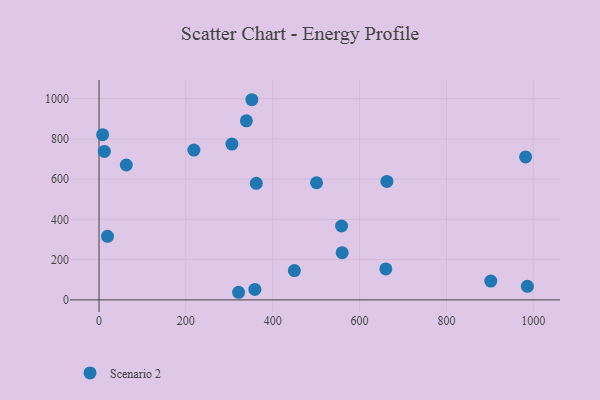
{"axis": {"x": "Ad Spend", "y": "Rating"}, "legend": ["Scenario 2"], "data": [{"x": "362.2", "y": 579.0, "type": "Scenario 2"}, {"x": "663.0", "y": 588.7, "type": "Scenario 2"}, {"x": "449.9", "y": 145.6, "type": "Scenario 2"}, {"x": "306.1", "y": 773.8, "type": "Scenario 2"}, {"x": "8.3", "y": 820.7, "type": "Scenario 2"}, {"x": "501.0", "y": 581.8, "type": "Scenario 2"}, {"x": "19.6", "y": 315.9, "type": "Scenario 2"}, {"x": "560.0", "y": 234.6, "type": "Scenario 2"}, {"x": "218.5", "y": 744.3, "type": "Scenario 2"}, {"x": "982.4", "y": 710.3, "type": "Scenario 2"}, {"x": "62.8", "y": 670.1, "type": "Scenario 2"}, {"x": "339.4", "y": 889.3, "type": "Scenario 2"}, {"x": "558.6", "y": 367.2, "type": "Scenario 2"}, {"x": "358.9", "y": 52.1, "type": "Scenario 2"}, {"x": "986.5", "y": 67.7, "type": "Scenario 2"}, {"x": "660.5", "y": 153.9, "type": "Scenario 2"}, {"x": "321.4", "y": 37.9, "type": "Scenario 2"}, {"x": "352.0", "y": 994.3, "type": "Scenario 2"}, {"x": "12.3", "y": 737.5, "type": "Scenario 2"}, {"x": "902.3", "y": 93.7, "type": "Scenario 2"}]}